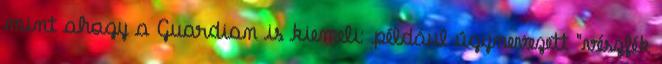
mint ahogy a Guardian is kiemeli: például úgynevezett "vészfék